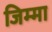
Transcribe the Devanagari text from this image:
जिम्‍मा